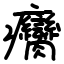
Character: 癵